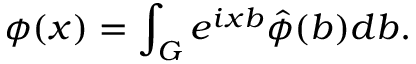
\phi ( x ) = \int _ { G } e ^ { i x b } \hat { \phi } ( b ) d b .